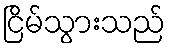
ငြိမ်သွားသည်